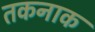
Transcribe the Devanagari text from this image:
तकनाक